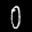
Label: 0